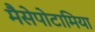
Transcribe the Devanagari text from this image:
मैसेपोटामिया